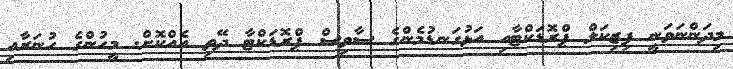
މިދަންނަވަނީ ފިޒިކަލް ޕްރޮޑަކްޓާއި އަޅުގަނޑުމެންގެ ސާވިސް ޕްރޮޑަކްޓާ ދޭތި އެއްކޮށް. މީހުންގެ ހުނަރާއި